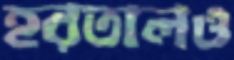
হরতালও